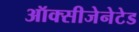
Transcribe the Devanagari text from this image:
ऑक्सीजेनेटेड